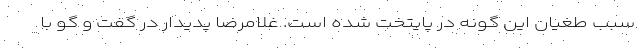
سبب طغیان این گونه در پایتخت شده است. غلامرضا پدیدار در گفت و گو با